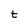
Character: t